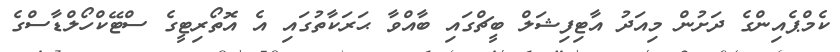
ކެމްޕެއިންގެ ދަށުން މިއަދު އާޓިފިޝަލް ބީޗްގައި ބާއްވާ ޙަރަކާތުގައި އެ އޮތޯރިޓީގެ ސްޓޭކްހޯލްޑާސްގެ